Annual vaccination report of Bihar and Orissa - 1911-1928
Year: 1911
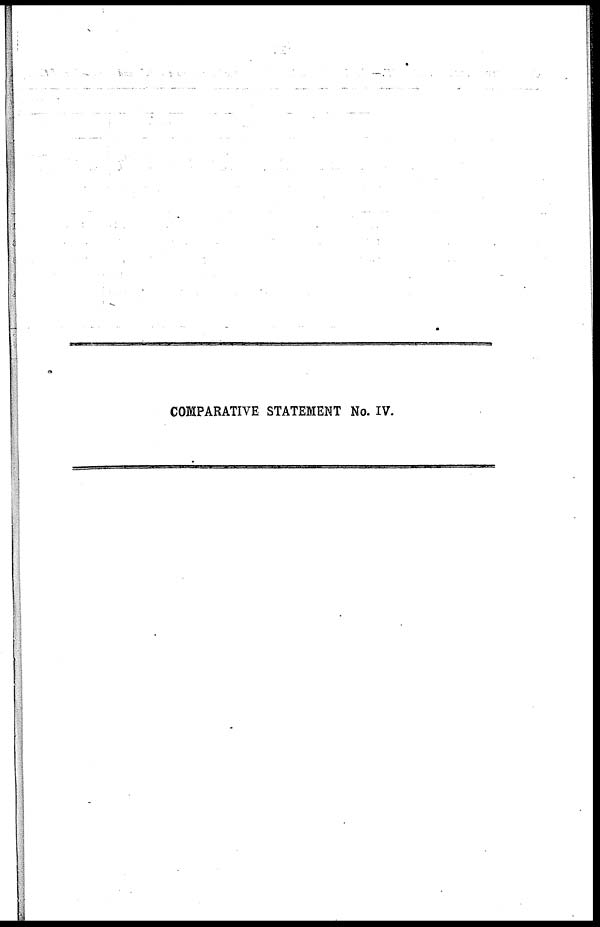
COMPARATIVE STATEMENT No. IV.